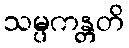
သမ္ပကန္တတိ